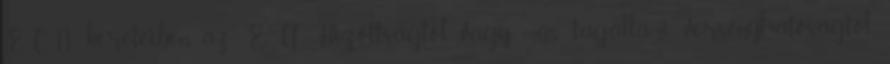
ECN kereteiben, az EU Bizottságtól vagy más tagállami versenyhatóságtól